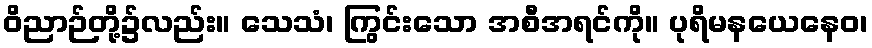
ဝိညာဉ်တို့၌လည်း။ သေသံ၊ ကြွင်းသော အစီအရင်ကို။ ပုရိမနယေနေဝ၊